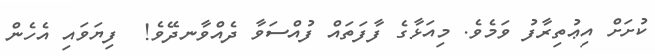
ކުށަށް އިޢުތިރާފު ވަމެވެ. މިއަޅާގެ ފާފަތައް ފުއްސަވާ ދެއްވާނދޭވެ!  ފިޔަވައި އެހެން